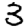
Digit: 3